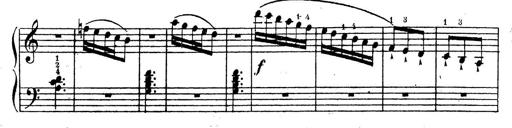
Title: 10 Sonatinas
Composer: Fritz Spindler